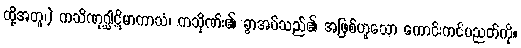
ထို့အတူ၊) ကသိဏုဂ္ဃါဋိမာကာသံ၊ ကသိုဏ်း၏ ခွာအပ်သည်၏ အဖြစ်ဟူသော ကောင်းကင်ပညတ်ကို။